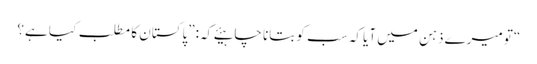
“تو میرے ذہن میں آیا کہ سب کو بتانا چاہیئے کہ:”پاکستان کا مطلب کیا ہے؟